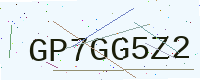
Text: GP7GG5Z2